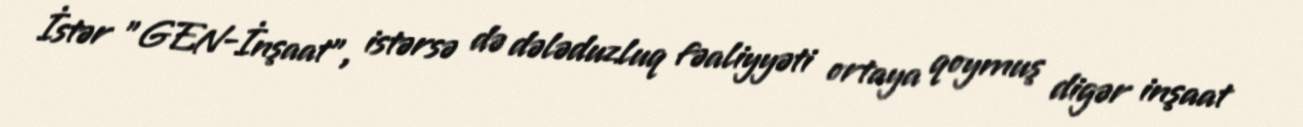
İstər "GEN-İnşaat", istərsə də dələduzluq fəaliyyəti ortaya qoymuş digər inşaat